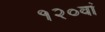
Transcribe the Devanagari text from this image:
१२०वां